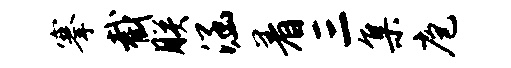
搴截朕涵着三集庖